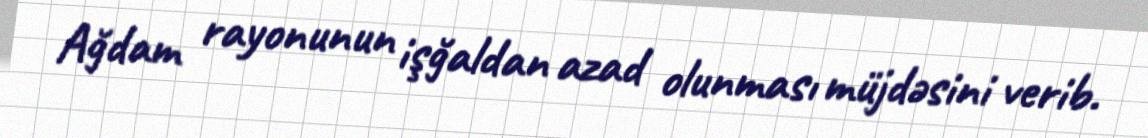
Ağdam rayonunun işğaldan azad olunması müjdəsini verib.